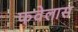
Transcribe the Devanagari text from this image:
फवेलास